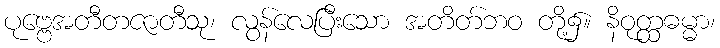
ပုဗ္ဗေအတီတဇာတီသု၊ လွန်လေပြီးသော အတိတ်ဘဝ တို့၌။ နိဝုတ္ထဓမ္မာ၊